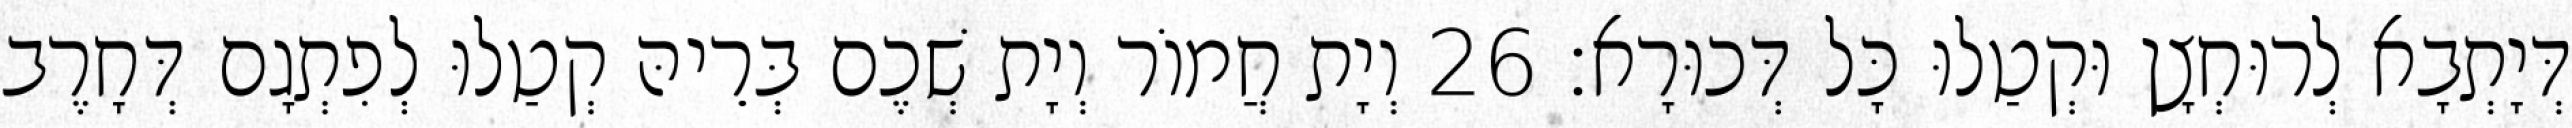
דְּיָתְבָא לְרוּחְצָן וּקְטַלוּ כָּל דְּכוּרָא׃ 26 וְיָת חֲמוֹר וְיָת שְׁכֶם בְּרֵיהּ קְטַלוּ לְפִתְגָם דְּחָרֶב